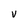
Character: v